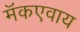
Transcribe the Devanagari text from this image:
मॅकएवाय